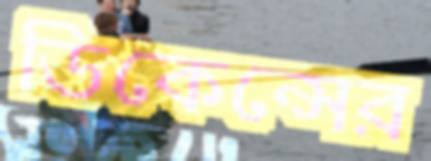
ডিকেন্সের